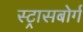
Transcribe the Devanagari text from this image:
स्ट्रासबोर्ग